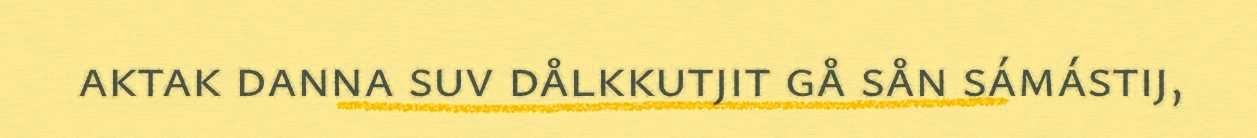
aktak danna suv dålkkutjit gå sån sámástij,